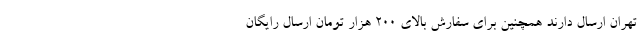
تهران ارسال دارند همچنین برای سفارش بالای 2۰۰ هزار تومان ارسال رایگان